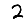
Digit: 2